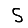
Digit: 5